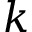
k